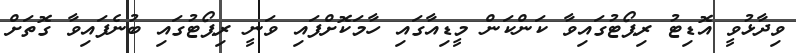
ވިދާޅުވީ އޮޑިޓު ރިޕޯޓުގައިވާ ކަންކަން މީޑިއާގައި ހާމަކޮށްފައި ވަނީ ރިޕޯޓުގައި ބުނެފައިވާ ގޮތަށް